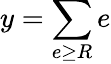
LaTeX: y=\sum\limits_{e\geq R}e